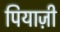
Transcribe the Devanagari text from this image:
पियाज़ी